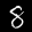
Label: 8